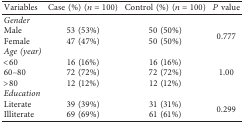
<table><thead><tr><td><b>Variables</b></td><td><b>Case (%) (<i>n</i>=100)</b></td><td><b>Control (%) (<i>n</i>=100)</b></td><td><b><i>P</i> value</b></td></tr></thead><tbody><tr><td><i>Gender</i></td><td> </td><td> </td><td> </td></tr><tr><td>Male</td><td>53 (53%)</td><td>50 (50%)</td><td rowspan="2">0.777</td></tr><tr><td>Female</td><td>47 (47%)</td><td>50 (50%)</td></tr><tr><td><i>Age (year)</i></td><td> </td><td> </td><td> </td></tr><tr><td>&lt;60</td><td>16 (16%)</td><td>16 (16%)</td><td rowspan="3">1.00</td></tr><tr><td>60–80</td><td>72 (72%)</td><td>72 (72%)</td></tr><tr><td>&gt;80</td><td>12 (12%)</td><td>12 (12%)</td></tr><tr><td><i>Education</i></td><td> </td><td> </td><td> </td></tr><tr><td>Literate</td><td>39 (39%)</td><td>31 (31%)</td><td rowspan="2">0.299</td></tr><tr><td>Illiterate</td><td>69 (69%)</td><td>61 (61%)</td></tr></tbody></table>